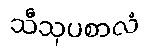
သီသုပစာလံ